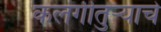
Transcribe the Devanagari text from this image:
कलगीतुर्‍याचे